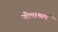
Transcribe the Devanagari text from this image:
नोपाश्रमं